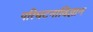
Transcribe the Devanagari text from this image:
परिघटनाविज्ञान